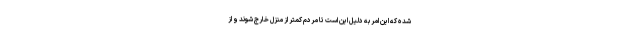
شده که این امر به دلیل این است تا مردم کمتر از منزل خارج شوند و از